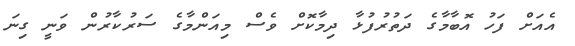
އެއަށް ފަހު އޮބާމާގެ ދަތުރުފުޅާ ދިމާކޮށް ވެސް މިއަންމާގެ ސަރުކާރުން ވަނީ ގިނަ